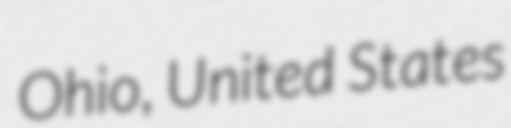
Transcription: Ohio, United States